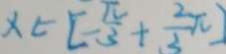
x \in [ - \frac { \pi } { 3 } + \frac { 2 } { 3 } \pi ]